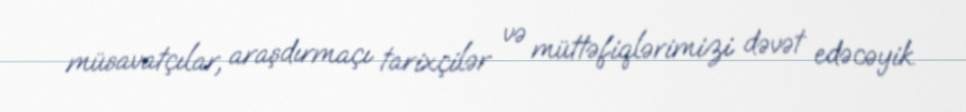
müsavatçılar, araşdırmaçı tarixçilər və müttəfiqlərimizi dəvət edəcəyik.